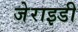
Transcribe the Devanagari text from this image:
जेराइडी